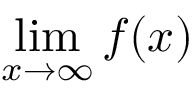
\operatorname* { l i m } _ { x \to \infty } f ( x )